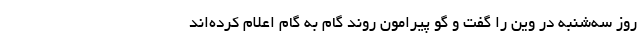
روز سه‌شنبه در وین را گفت و گو پیرامون روند گام به گام اعلام کرده‌اند